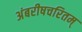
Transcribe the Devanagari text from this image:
अंबरीषचरितम्